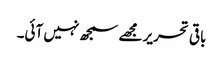
باقی تحریر مجھے سمجھ نہیں آئی۔